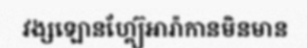
វង្សឡោនហ្គ្យ៊ែអារ៉ាកានមិនមាន